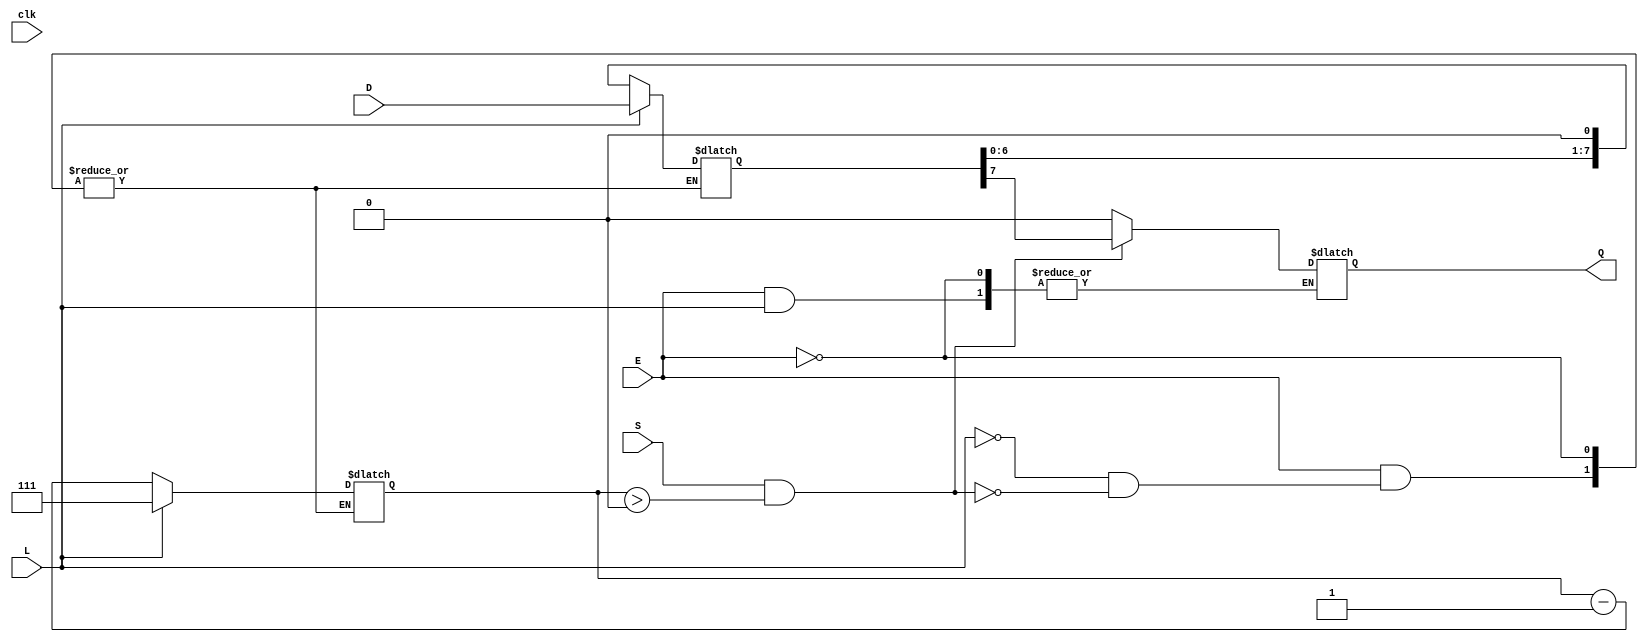
module async_piso (
    input wire [7:0] D,      // Parallel data input (8 bits)
    input wire L,            // Load signal (active high)
    input wire S,            // Shift signal (active high)
    input wire E,            // Enable signal (active high)
    input wire clk,          // Clock signal (not used for loading)
    output reg Q             // Serial output
);

    reg [7:0] shift_reg;     // Internal shift register to hold data
    reg [2:0] bit_count;     // Counter to track the number of bits shifted out

    always @(*) begin
        if (E) begin
            // Load data into the shift register asynchronously
            if (L) begin
                shift_reg <= D; // Load data when L is high
                bit_count <= 3'b111; // Set to 7 to shift out 8 bits
            end
            // Shift data out serially
            else if (S && bit_count > 0) begin
                Q <= shift_reg[7]; // Output the MSB
                shift_reg <= {shift_reg[6:0], 1'b0}; // Shift left
                bit_count <= bit_count - 1; // Decrement bit counter
            end
            else begin
                Q <= 1'b0; // Default output when not shifting
            end
        end
    end

endmodule